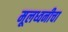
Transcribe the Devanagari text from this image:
मूलध्वनीचा